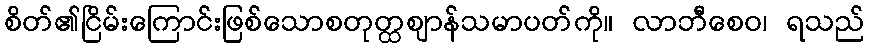
စိတ်၏ငြိမ်းကြောင်းဖြစ်သောစတုတ္ထဈာန်သမာပတ်ကို။ လာဘီစေဝ၊ ရသည်